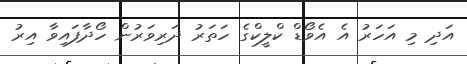
އަދި މި އަހަރު އެ އެވޯޑް ކްލީކްގެ ހަތަރު ދަރިވަރުން ހޯދާފައިވާ އިރު